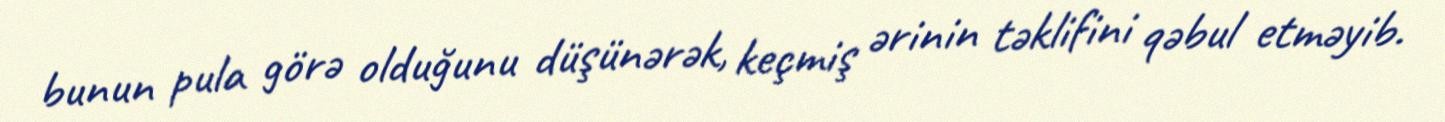
bunun pula görə olduğunu düşünərək, keçmiş ərinin təklifini qəbul etməyib.